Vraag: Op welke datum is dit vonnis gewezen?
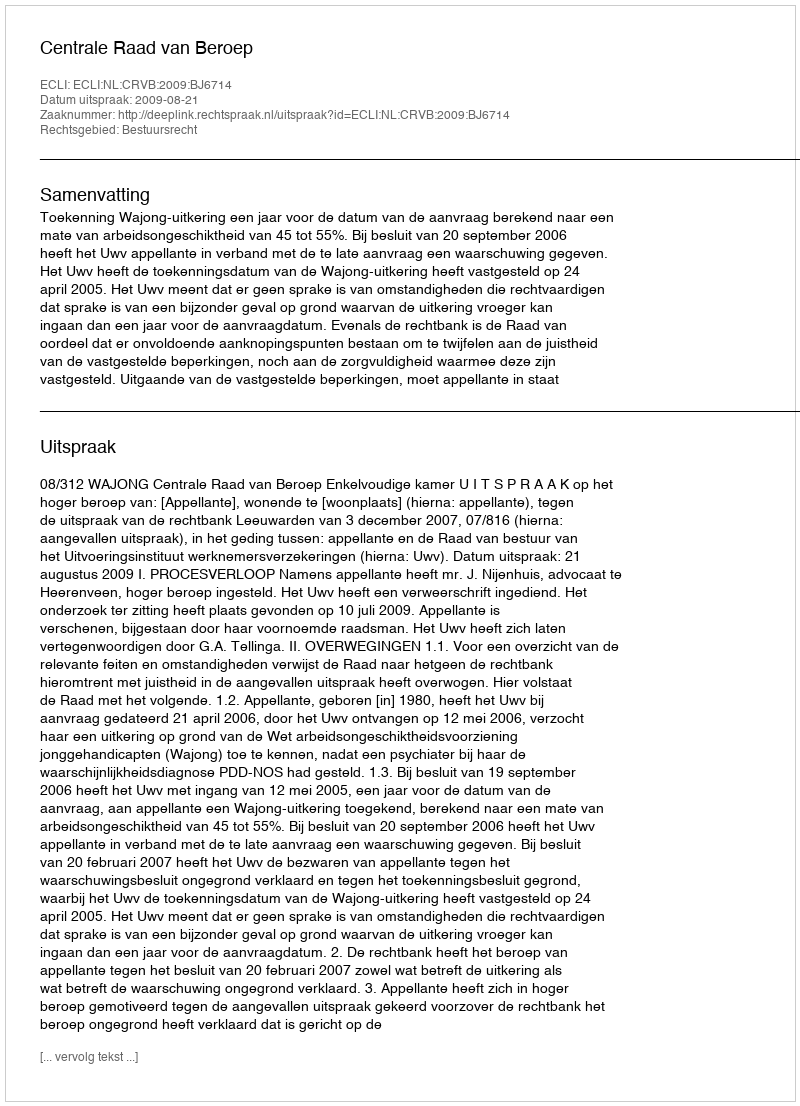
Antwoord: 2009-08-21